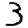
Digit: 3